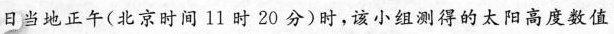
日当地正午(北京时间11时20分)时，该小组测得的太阳高度数值